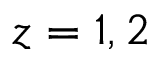
z = 1 , 2